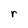
Character: r